Annual report on the Civil Veterinary Department, Burma (including the Insein Veterinary School) - 1932-1941
Year: 1932
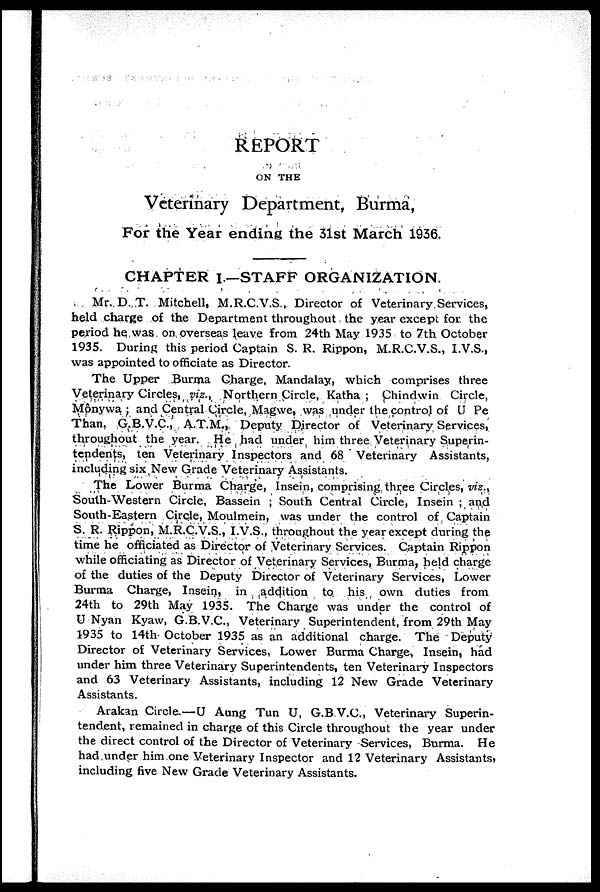
REPORT
ON THE
Veterinary Department, Burma,
For the Year ending the 31st March 1936.
CHAPTER I.—STAFF ORGANIZATION.
Mr. D. T. Mitchell, M.R.C.V.S., Director of Veterinary Services,
held charge of the Department throughout the year except for the
period he was on overseas leave from 24th May 1935 to 7th October
1935. During this period Captain S. R. Rippon, M.R.C.V.S., I.V.S.,
was appointed to officiate as Director.
The Upper Burma Charge, Mandalay, which comprises three
Veterinary Circles, viz., Northern Circle, Katha ; Chindwin Circle,
Mônyvva ; and Central Circle, Magwe, was under the control of U Pe
Than, G.B.V.C., A.T.M., Deputy Director of Veterinary Services,
throughout the year. He had under him three Veterinary Superin-
tendents, ten Veterinary Inspectors and 68 Veterinary Assistants,
including six New Grade Veterinary Assistants.
The Lower Burma Charge, Insein, comprising three Circles, viz.,
South-Western Circle, Bassein ; South Central Circle, Insein ; and
South-Eastern Circle, Moulmein, was under the control of Captain
S. R. Rippon, M.R.C.V.S., I.V.S., throughout the year except during the
time he officiated as Director of Veterinary Services. Captain Rippon
while officiating as Director of Veterinary Services, Burma, held charge
of the duties of the Deputy Director of Veterinary Services, Lower
Burma Charge, Insein, in addition to his own duties from
24th to 29th May 1935. The Charge was under the control of
U Nyan Kyaw, G.B.V.C., Veterinary Superintendent, from 29th May
1935 to 14th October 1935 as an additional charge. The Deputy
Director of Veterinary Services, Lower Burma Charge, Insein, had
under him three Veterinary Superintendents, ten Veterinary Inspectors
and 63 Veterinary Assistants, including 12 New Grade Veterinary
Assistants.
Arakan Circle.—U Aung Tun U, G.B V.C., Veterinary Superin-
tendent, remained in charge of this Circle throughout the year under
the direct control of the Director of Veterinary Services, Burma. He
had under him one Veterinary Inspector and 12 Veterinary Assistants,
including five New Grade Veterinary Assistants.